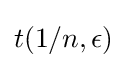
t(1/n,\epsilon )